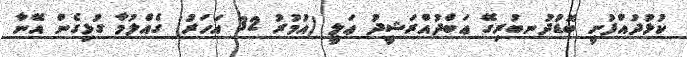
ކުޅުދުއްފުށީ ބޮޑުދުނބުރިގޭ ޢަބްދުއްރަޝީދު ޢަލީ (އުމުރު 32 އަހަރު) ގެއްލުމާ ގުޅިގެން އޭނާ